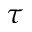
\tau